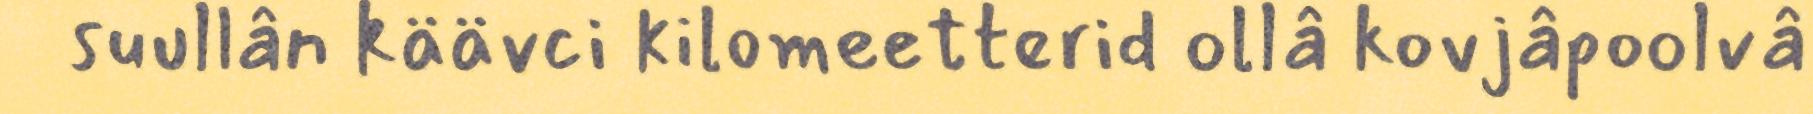
suullân käävci kilomeetterid ollâ kovjâpoolvâ